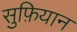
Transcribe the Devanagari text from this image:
सुफ़ियान